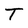
Character: T